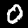
Digit: 0